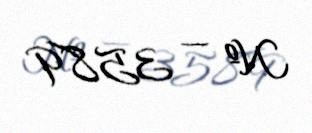
№ — 3589